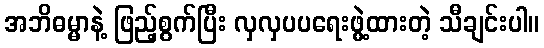
အဘိဓမ္မာနဲ့ ဖြည့်စွက်ပြီး လှလှပပရေးဖွဲ့ထားတဲ့ သီချင်းပါ။